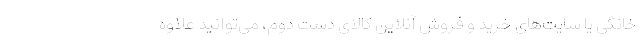
خانگی یا سایت‌های خرید و فروش آنلاین کالای دست دوم، می‌توانید علاوه